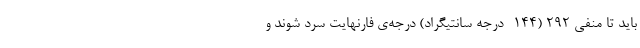
باید تا منفی ۲۹۲ (۱۴۴- درجه سانتیگراد) درجه‌ی فارنهایت سرد شوند و